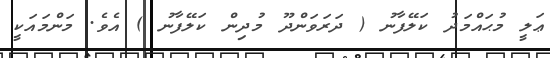
ޢަލީ މުޙައްމަދު ކަލޭފާނު ( ދަރަވަންދޫ މުދިން ކަލޭފާނު ) އެވެ. މަންމައަކީ